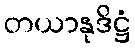
တယာနုဒိဋ္ဌံ